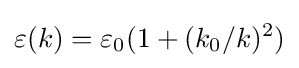
\varepsilon (k)=\varepsilon _{0}(1+(k_{0}/k)^{2})